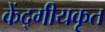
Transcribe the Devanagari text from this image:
केंद्गीयकृत